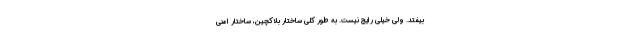
بیفتد. ولی خیلی رایج نیست. به طور کلی ساختار بلاکچین، ساختار امنی